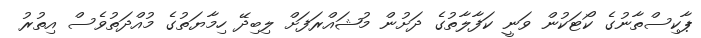
ޕާކިސްތާނުގެ ކޯޓަކުން ވަނީ ކަފާލާތުގެ ދަށުން މުޝައްރަފަށް ލިބިދޭ ހިމާޔަތުގެ މުއްދަތުވެސް އިތުރު